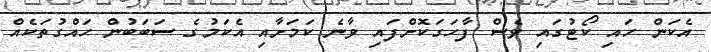
އެކަން ހައި ކޯޓުގައި ވެސް ފާހަގަކޮށްފައި ވާނެ ކަމަށާއި އެކަމުގެ ސަބަބުން ހައްގުތަކެއް